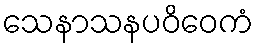
သေနာသနပဝိဝေကံ